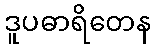
ဒူပဓာရိတေန